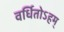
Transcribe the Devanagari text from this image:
वर्धितोऽहम्‌